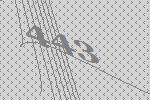
443